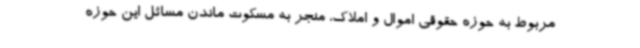
مربوط به حوزه حقوقی اموال و املاک، منجر به مسکوت ماندن مسائل این حوزه